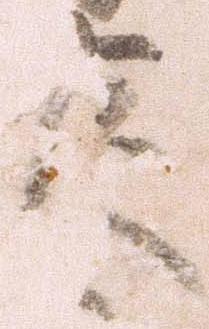
来